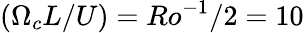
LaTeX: (\Omega_{c}L/U)=Ro^{-1}/2=10